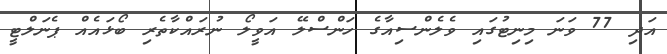
އަދި 77 ވަނަ މިނިޓުގައި ވެލެންސިއާގެ ހަންސްލޭ އަވީލޯ ނުރައްކާތެރި ބޯޅައެއް ޕެނަލްޓީ